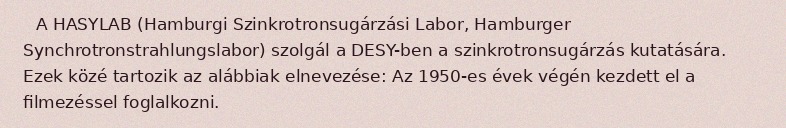
A HASYLAB (Hamburgi Szinkrotronsugárzási Labor, Hamburger Synchrotronstrahlungslabor) szolgál a DESY-ben a szinkrotronsugárzás kutatására. Ezek közé tartozik az alábbiak elnevezése: Az 1950-es évek végén kezdett el a filmezéssel foglalkozni.